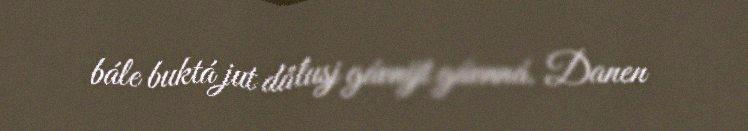
bále buktá jut dålusj gávnijt gávnná. Danen